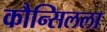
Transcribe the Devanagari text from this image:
कौन्सिलला